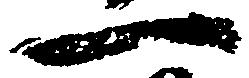
一